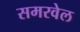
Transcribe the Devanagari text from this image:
समरवेल